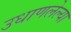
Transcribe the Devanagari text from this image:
उधाणलेल्‍या